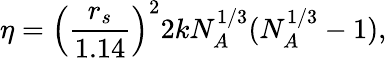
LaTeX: \eta=\left(\frac{r_{s}}{1.14}\right)^{2}2kN_{A}^{1/3}(N_{A}^{1/3}-1),